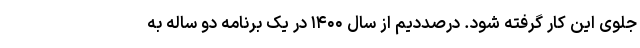
جلوی این کار گرفته شود. درصددیم از سال ۱۴۰۰ در یک برنامه دو ساله به